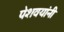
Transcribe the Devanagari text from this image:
पेशवयांनी